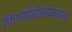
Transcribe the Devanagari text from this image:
पित्तनहेडीझोजाकला